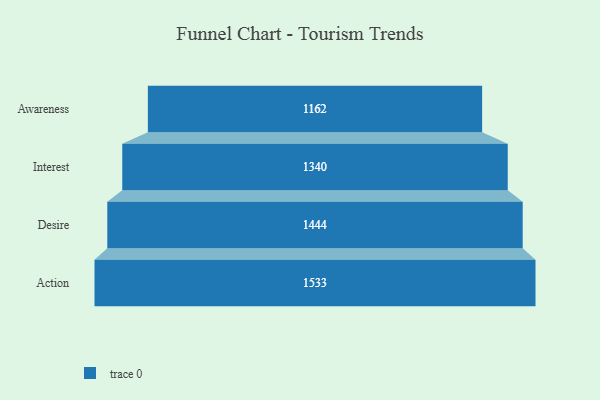
{"axis": {"x": "Stage", "y": "Value"}, "legend": [""], "data": [{"x": "Awareness", "y": 1162.0, "type": ""}, {"x": "Interest", "y": 1340.0, "type": ""}, {"x": "Desire", "y": 1444.0, "type": ""}, {"x": "Action", "y": 1533.0, "type": ""}]}